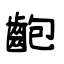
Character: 齙